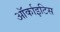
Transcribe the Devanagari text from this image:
ऑर्काइटिस